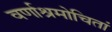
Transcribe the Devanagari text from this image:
वर्णाश्रमोचितां